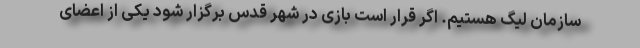
سازمان لیگ هستیم. اگر قرار است بازی در شهر قدس برگزار شود یکی از اعضای